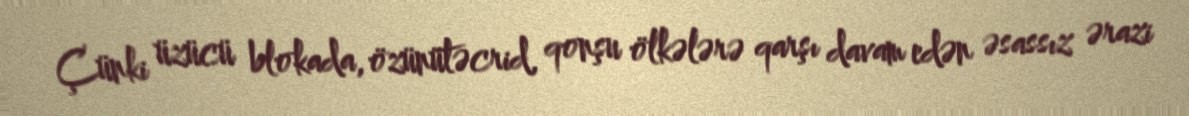
Çünki üzücü blokada, özünütəcrid, qonşu ölkələrə qarşı davam edən əsassız ərazi